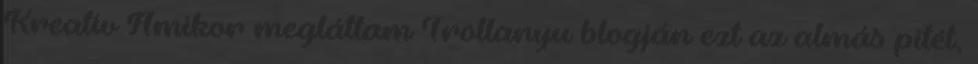
Kreatív Amikor megláttam Trollanyu blogján ezt az almás pitét,